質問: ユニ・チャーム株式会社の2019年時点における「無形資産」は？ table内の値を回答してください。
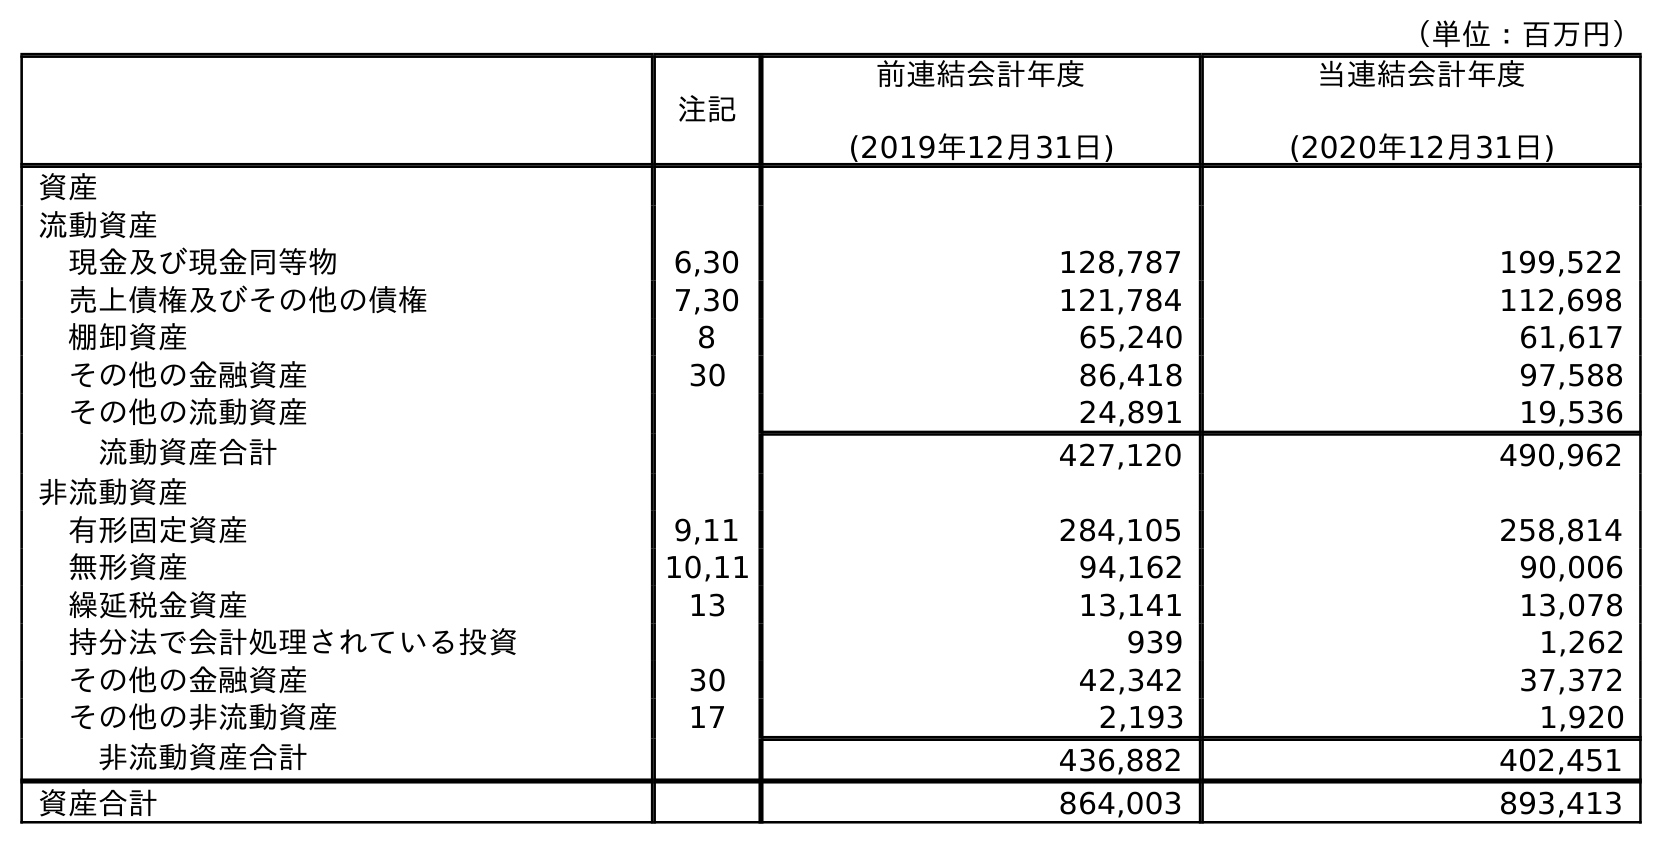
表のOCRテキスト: （単位：百万円） 注記 前連結会計年度 (2019年12月31日) 当連結会計年度 (2020年12月31日) 資産 流動資産 現金及び現金同等物 6,30 128,787 199,522 売上債権及びその他の債権 7,30 121,784 112,698 棚卸資産 8 65,240 61,617 その他の金融資産 30 86,418 97,588 その他の流動資産 24,891 19,536 流動資産合計 427,120 490,962 非流動資産 有形固定資産 9,11 284,105 258,814 無形資産 10,11 94,162 90,006 繰延税金資産 13 13,141 13,078 持分法で会計処理されている投資 939 1,262 その他の金融資産 30 42,342 37,372 その他の非流動資産 17 2,193 1,920 非流動資産合計 436,882 402,451 資産合計 864,003 893,413
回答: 94,162